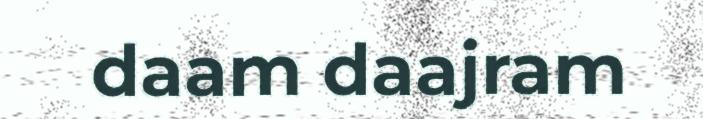
daam daajram